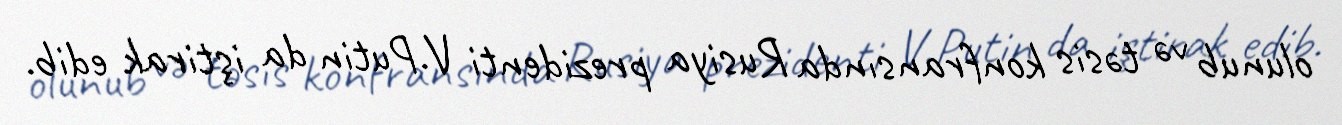
olunub və təsis konfransında Rusiya prezidenti V.Putin da iştirak edib.